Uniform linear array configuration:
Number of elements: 16
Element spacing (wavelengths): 0.25
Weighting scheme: uniform
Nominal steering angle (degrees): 30
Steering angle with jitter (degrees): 29.117
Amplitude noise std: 0.05
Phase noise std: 0.05

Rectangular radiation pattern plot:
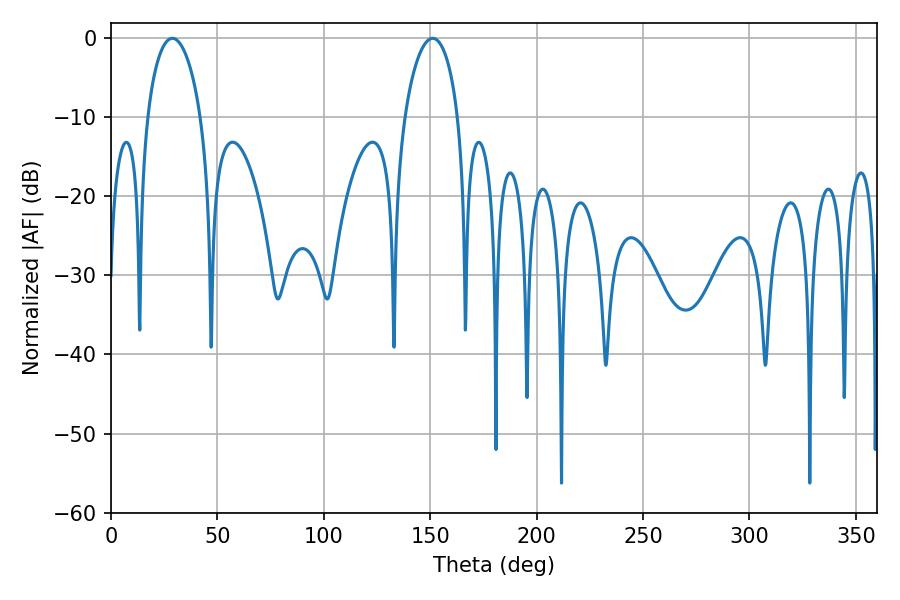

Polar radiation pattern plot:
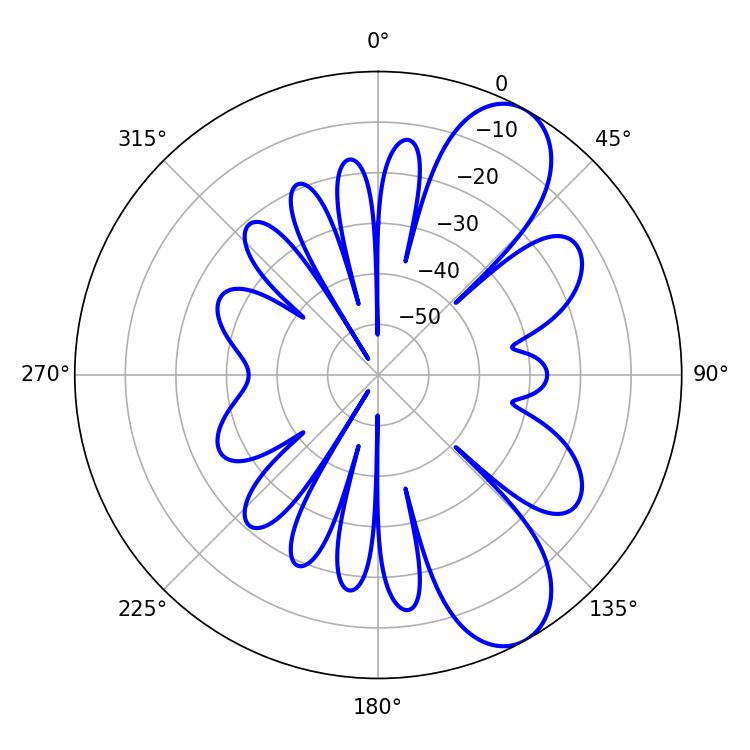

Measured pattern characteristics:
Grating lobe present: FALSE
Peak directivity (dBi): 8.697
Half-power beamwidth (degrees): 14.4
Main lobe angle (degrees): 28.8